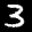
Label: 3